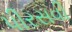
પીરસવી